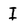
Character: I